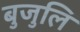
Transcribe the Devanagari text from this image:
बुजुलि